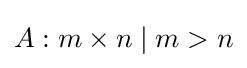
A:m\times n\mid m>n